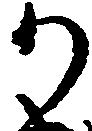
か